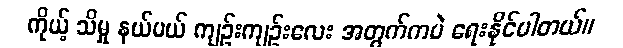
ကိုယ့် သိမှု နယ်ပယ် ကျဉ်းကျဉ်းလေး အတွက်ကပဲ ရေးနိုင်ပါတယ်။